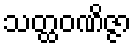
သတ္ထဝဏိဇ္ဇာ